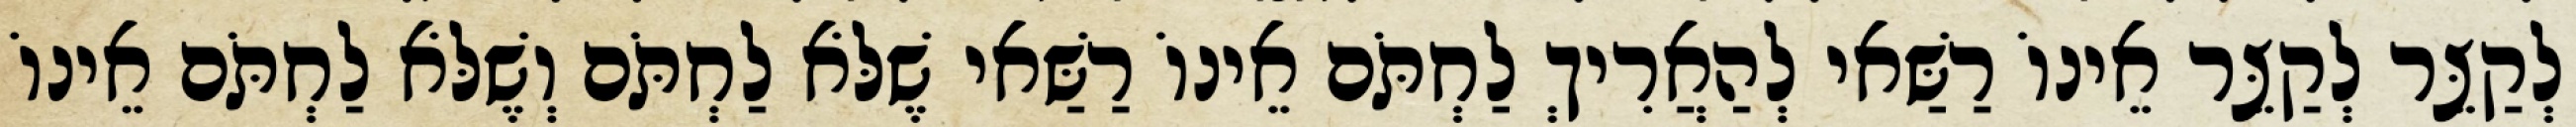
לְקַצֵּר לְקַצֵּר אֵינוֹ רַשַּׁאי לְהַאֲרִיךְ לַחְתֹּם אֵינוֹ רַשַּׁאי שֶׁלֹּא לַחְתֹּם וְשֶׁלֹּא לַחְתֹּם אֵינוֹ